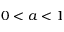
0 < a < 1